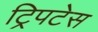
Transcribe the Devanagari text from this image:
ट्रिपटेस